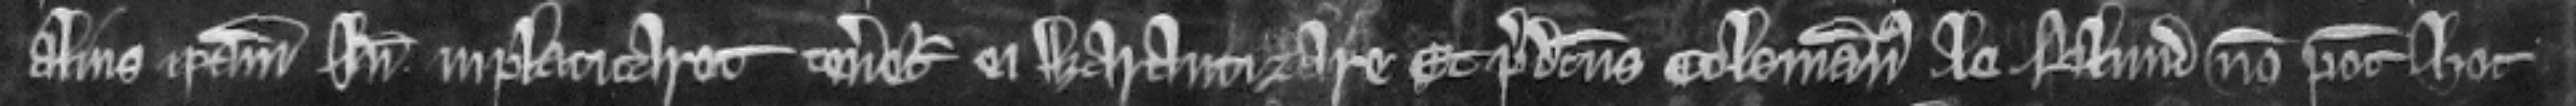
alius ipsam inde inplacitaret teneretur ei warantizare. Et predictus Colemannus le Blund non potest hoc